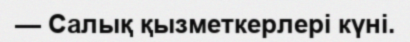
— Салық қызметкерлері күні.